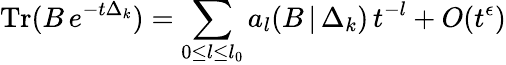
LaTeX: \mathrm{Tr}(B\, e^{-t\Delta_{k}})=\sum_{0{\leq}l{\leq}l_{0}}a_{l}(B\, |\, \Delta_{k})\, t^{-l}+O(t^{\epsilon})